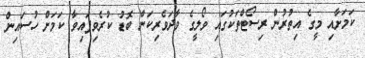
ކަމަށާއި މީގެ އިތުރުން ރިސޯޓްތަކުގައި ވޯލީގެ ވާދަވެރިކަން ބޮޑު ކުރެވިފައިވާ ކަމަށް ހުސައިން